Annual administration and progress report of the Indian Medical Department, Bombay
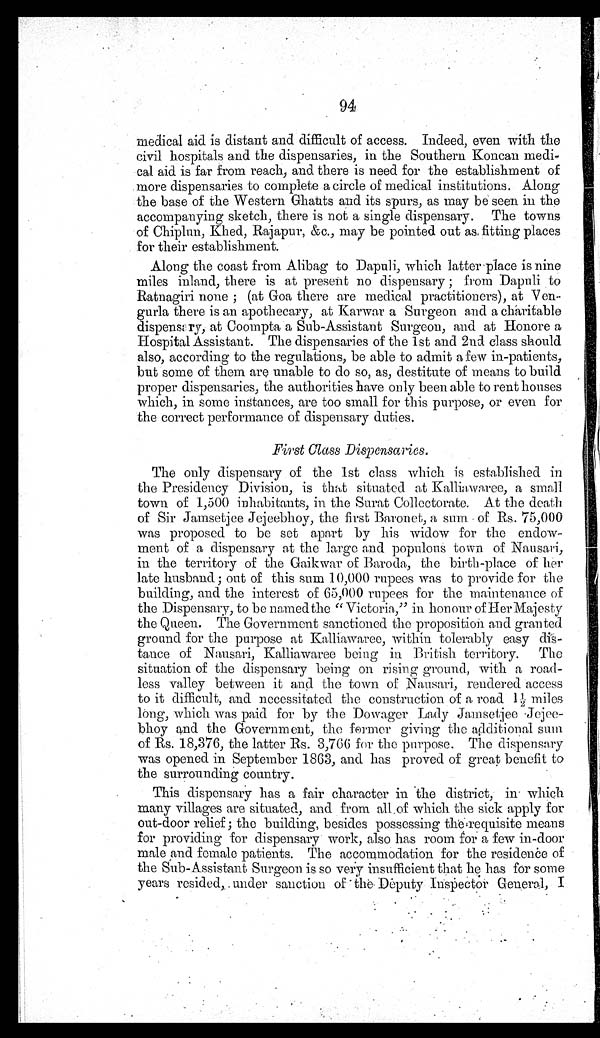
94
medical aid is distant and difficult of access. Indeed, even with the
civil hospitals and the dispensaries, in the Southern Koncan medi-
cal aid is far from reach, and there is need for the establishment of
more dispensaries to complete a circle of medical institutions. Along
the base of the Western Ghauts and its spurs, as may be seen in the
accompanying sketch, there is not a single dispensary. The towns
of Chiplun, Khed, Rajapur, &c., may be pointed out as fitting places
for their establishment.
Along the coast from Alibag to Dapuli, which latter place is nine
miles inland, there is at present no dispensary ; from Dapuli to
Ratnagiri none ; (at Goa there are medical practitioners), at Ven-
gurla there is an apothecary, at Karwar a Surgeon and a charitable
dispensary, at Coompta a Sub-Assistant Surgeon, and at Honore a
Hospital Assistant. The dispensaries of the 1st and 2nd class should
also, according to the regulations, be able to admit a few in-patients,
but some of them are unable to do so, as, destitute of means to build
proper dispensaries, the authorities have only been able to rent houses
which, in some instances, are too small for this purpose, or even for
the correct performance of dispensary duties.
First Class Dispensaries.
The only dispensary of the 1st class which is established in
the Presidency Division, is that situated at Kalliawaree, a small
town of 1,500 inhabitants, in the Surat Collectorate. At the death
of Sir Jamsetjee Jejeebhoy, the first Baronet, a sum of Rs. 75,000
was proposed to be set apart by his widow for the endow-
ment of a dispensary at the large and populous town of Nausari,
in the territory of the Gaikwar of Baroda, the birth-place of her
late husband; out of this sum 10,000 rupees was to provide for the
building, and the interest of 65,000 rupees for the maintenance of
the Dispensary, to be named the " Victoria," in honour of Her Majesty
the Queen. The Government sanctioned the proposition and granted
ground for the purpose at Kalliawaree, within tolerably easy dis-
tance of Nausari, Kalliawaree being in British territory. The
situation of the dispensary being on rising ground, with a road-
less valley between it and the town of Nausari, rendered access
to it difficult, and necessitated the construction of a road 1½ miles
long, which was paid for by the Dowager Lady Jamsetjee Jejee
bhoy and the Government, the former giving the additional sum
of Rs. 18,376, the latter Rs. 3,766 for the purpose. The dispensary
was opened in September 1863, and has proved of great benefit to
the surrounding country.
This dispensary has a fair character in the district, in which
many villages are situated, and from all of which the sick apply for
out-door relief ; the building, besides possessing the requisite means
for providing for dispensary work, also has room for a few in-door
male and female patients. The accommodation for the residence of
the Sub-Assistant Surgeon is so very insufficient that he has for some
years resided, under sanction of the Deputy Inspector General, I